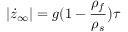
| \dot { z } _ { \infty } | = g ( 1 - { \frac { \rho _ { f } } { \rho _ { s } } } \big ) \tau